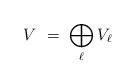
LaTeX: \begin{align*} V \ = \ \bigoplus_{\ell} V_\ell\end{align*}